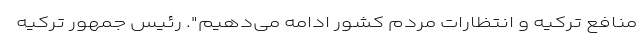
منافع ترکیه و انتظارات مردم کشور ادامه می‌دهیم". رئیس جمهور ترکیه